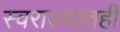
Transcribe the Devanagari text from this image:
स्वराज्यातही